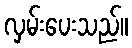
လှမ်းပေးသည်။